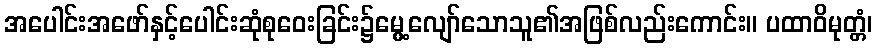
အပေါင်းအဖော်နှင့်ပေါင်းဆုံစုဝေးခြင်း၌မွေ့လျော်သောသူ၏အဖြစ်လည်းကောင်း။ ပထာဝိမုတ္တံ၊